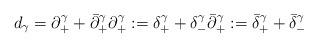
LaTeX: \begin{align*} d_\gamma = \partial_+^\gamma + \bar\partial_+^\gamma \partial_+^\gamma := \delta_+^\gamma + \delta_-^\gamma \bar\partial_+^\gamma := \bar\delta_+^\gamma + \bar\delta_-^\gamma\end{align*}